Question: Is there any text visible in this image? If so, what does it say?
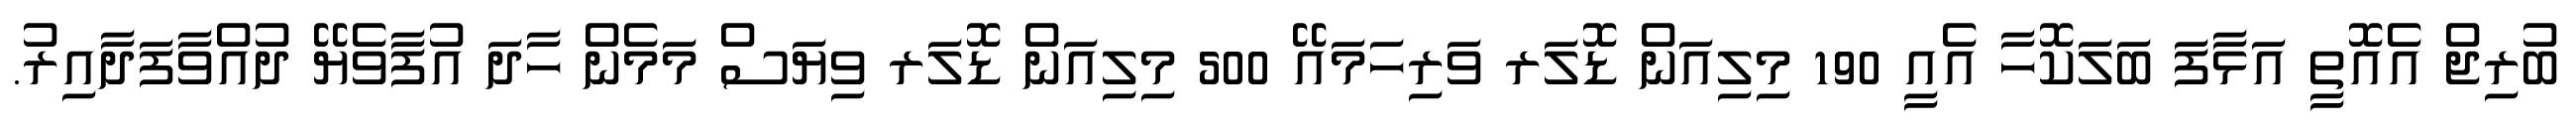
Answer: ބުރިޖް އެއޮތީ އަޅާފަ ބަލަކޮހާ އެއީ 190 މިލިއަން ޑޮލަރ ވަރިހަމައޭ 500 މިލިއަން ޑޮލަރ ވިޔަސް މަމެން ހާދަ އުފާވެޔޭ ދުއްވާފަދާއިރު.